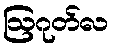
ဩဂုတ်လ